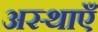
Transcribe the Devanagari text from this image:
अस्थाएँ